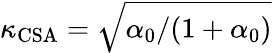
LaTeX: \kappa_{\mathrm{CSA}}=\sqrt{\alpha_{0}/(1+\alpha_{0})}